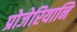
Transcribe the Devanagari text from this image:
प्रोजेरियानि